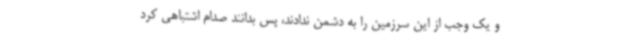
و یک وجب از این سرزمین را به دشمن ندادند، پس بدانند صدام اشتباهی کرد